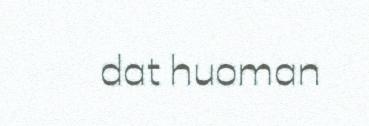
dat huoman